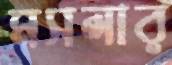
মসলার